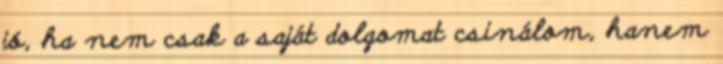
jó, ha nem csak a saját dolgomat csinálom, hanem